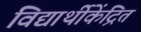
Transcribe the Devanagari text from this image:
विद्यार्थीकेंद्रित